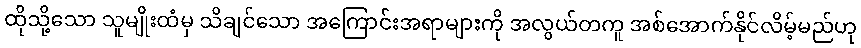
ထိုသို့သော သူမျိုးထံမှ သိချင်သော အကြောင်းအရာများကို အလွယ်တကူ အစ်အောက်နိုင်လိမ့်မည်ဟု